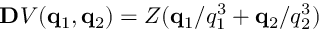
\ensuremath { \mathbf { D } } V ( \ensuremath { \mathbf { q } } _ { 1 } , \ensuremath { \mathbf { q } } _ { 2 } ) = Z ( \ensuremath { \mathbf { q } } _ { 1 } / q _ { 1 } ^ { 3 } + \ensuremath { \mathbf { q } } _ { 2 } / q _ { 2 } ^ { 3 } )